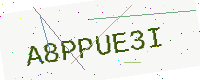
Text: A8PPUE3I